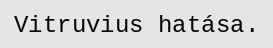
Vitruvius hatása.